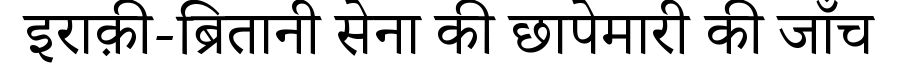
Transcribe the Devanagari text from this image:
इराक़ी-ब्रितानी सेना की छापेमारी की जाँच